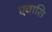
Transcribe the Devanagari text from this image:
एवासि